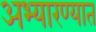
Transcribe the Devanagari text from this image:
अभ्यारण्यात